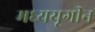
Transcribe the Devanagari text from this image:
मध्ययूगीन